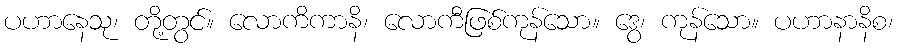
ပဟာနေသု၊ တို့တွင်။ လောကိကာနိ၊ လောကီဖြစ်ကုန်သော။ ဒွေ၊ ကုန်သော။ ပဟာနာနိစ၊